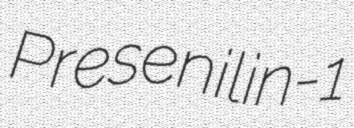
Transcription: Presenilin-1